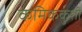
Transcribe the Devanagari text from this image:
कमिककुशी